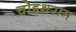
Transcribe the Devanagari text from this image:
चोइथराम